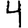
Digit: 4